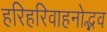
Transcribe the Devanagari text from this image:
हरिहरिवाहनोद्भव